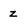
Character: z